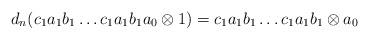
LaTeX: \begin{align*}d_n(c_1a_1b_1 \dots c_1a_1b_1a_0 \otimes 1) = c_1a_1b_1 \dots c_1a_1b_1 \otimes a_0\end{align*}